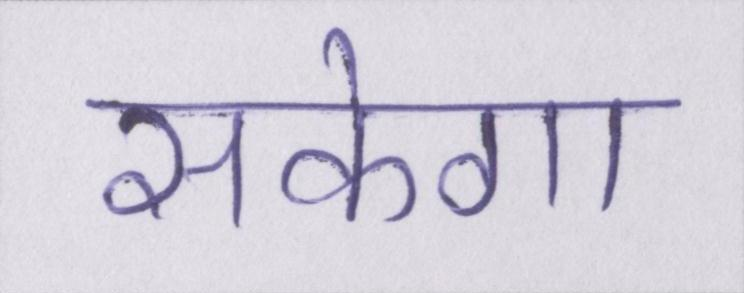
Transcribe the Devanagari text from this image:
सकेगा